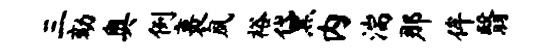
三劾奥例裹夙裕黛内湍那侔翳